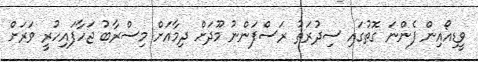
ވީޑިއޯއިން ފެންނަ ގޮތުގައި ސިދުރަތު ރަސްފަންނު މޫދަށް ދިމާއަށް މިސްރާބު ޖަހާފައިހުރީ ވަރަށް